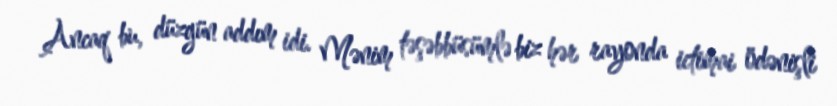
Ancaq bu, düzgün addım idi. Mənim təşəbbüsümlə biz hər rayonda ictimai ödənişli